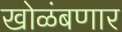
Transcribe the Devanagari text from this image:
खोळंबणार